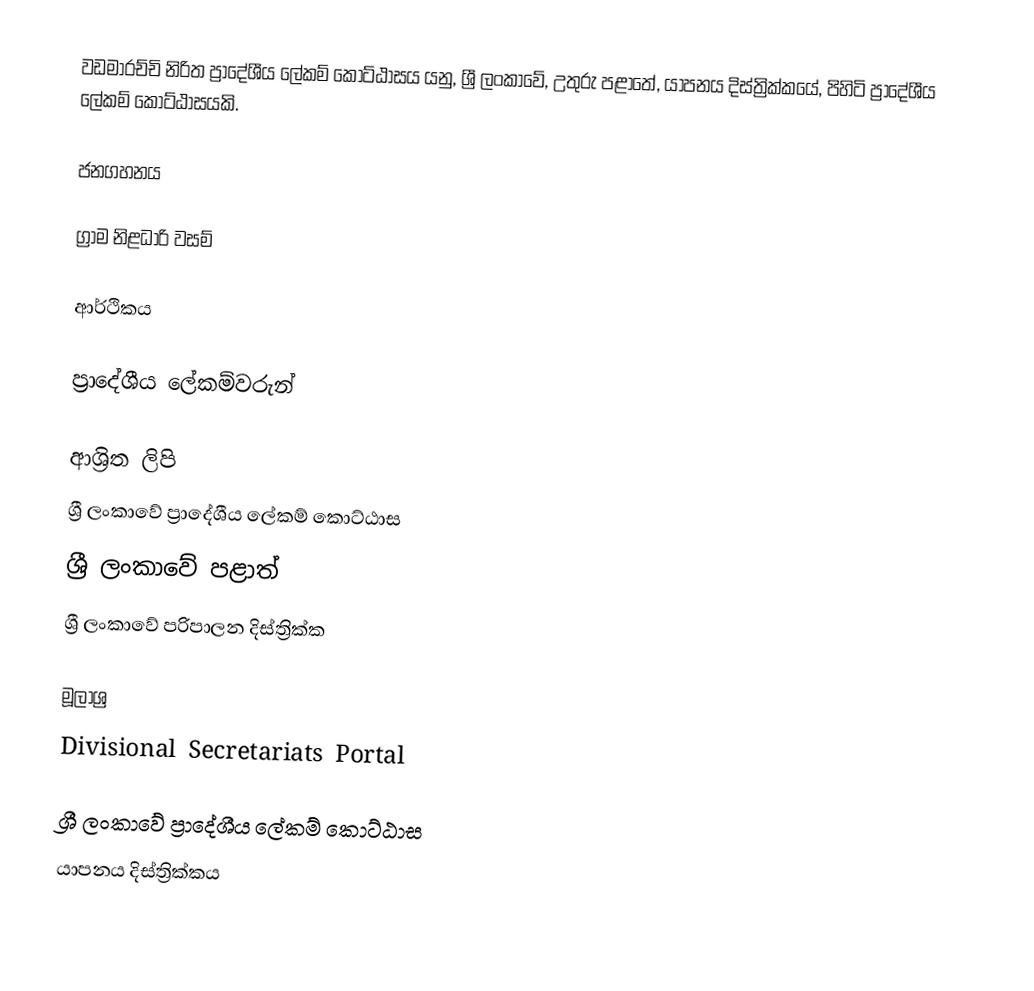
වඩමාරච්චි නිරිත ප්‍රාදේශීය ලේකම් කොට්ඨාසය යනු,  ශ්‍රී ලංකාවේ, උතුරු පළාතේ,   යාපනය දිස්ත්‍රික්කයේ, පිහිටි ප්‍රාදේශීය ලේකම් කොට්ඨාසයකි.

ජනගහනය

ග්‍රාම නිළධාරි වසම්

ආර්ථිකය

ප්‍රාදේශීය ලේකම්වරුන්

ආශ්‍රිත ලිපි
ශ්‍රී ලංකාවේ ප්‍රාදේශීය ලේකම් කොට්ඨාස
ශ්‍රී ලංකාවේ පළාත්
ශ්‍රී ලංකාවේ පරිපාලන දිස්ත්‍රික්ක

මූලාශ්‍ර
 Divisional Secretariats Portal

ශ්‍රී ලංකාවේ ප්‍රාදේශීය ලේකම් කොට්ඨාස
යාපනය දිස්ත්‍රික්කය